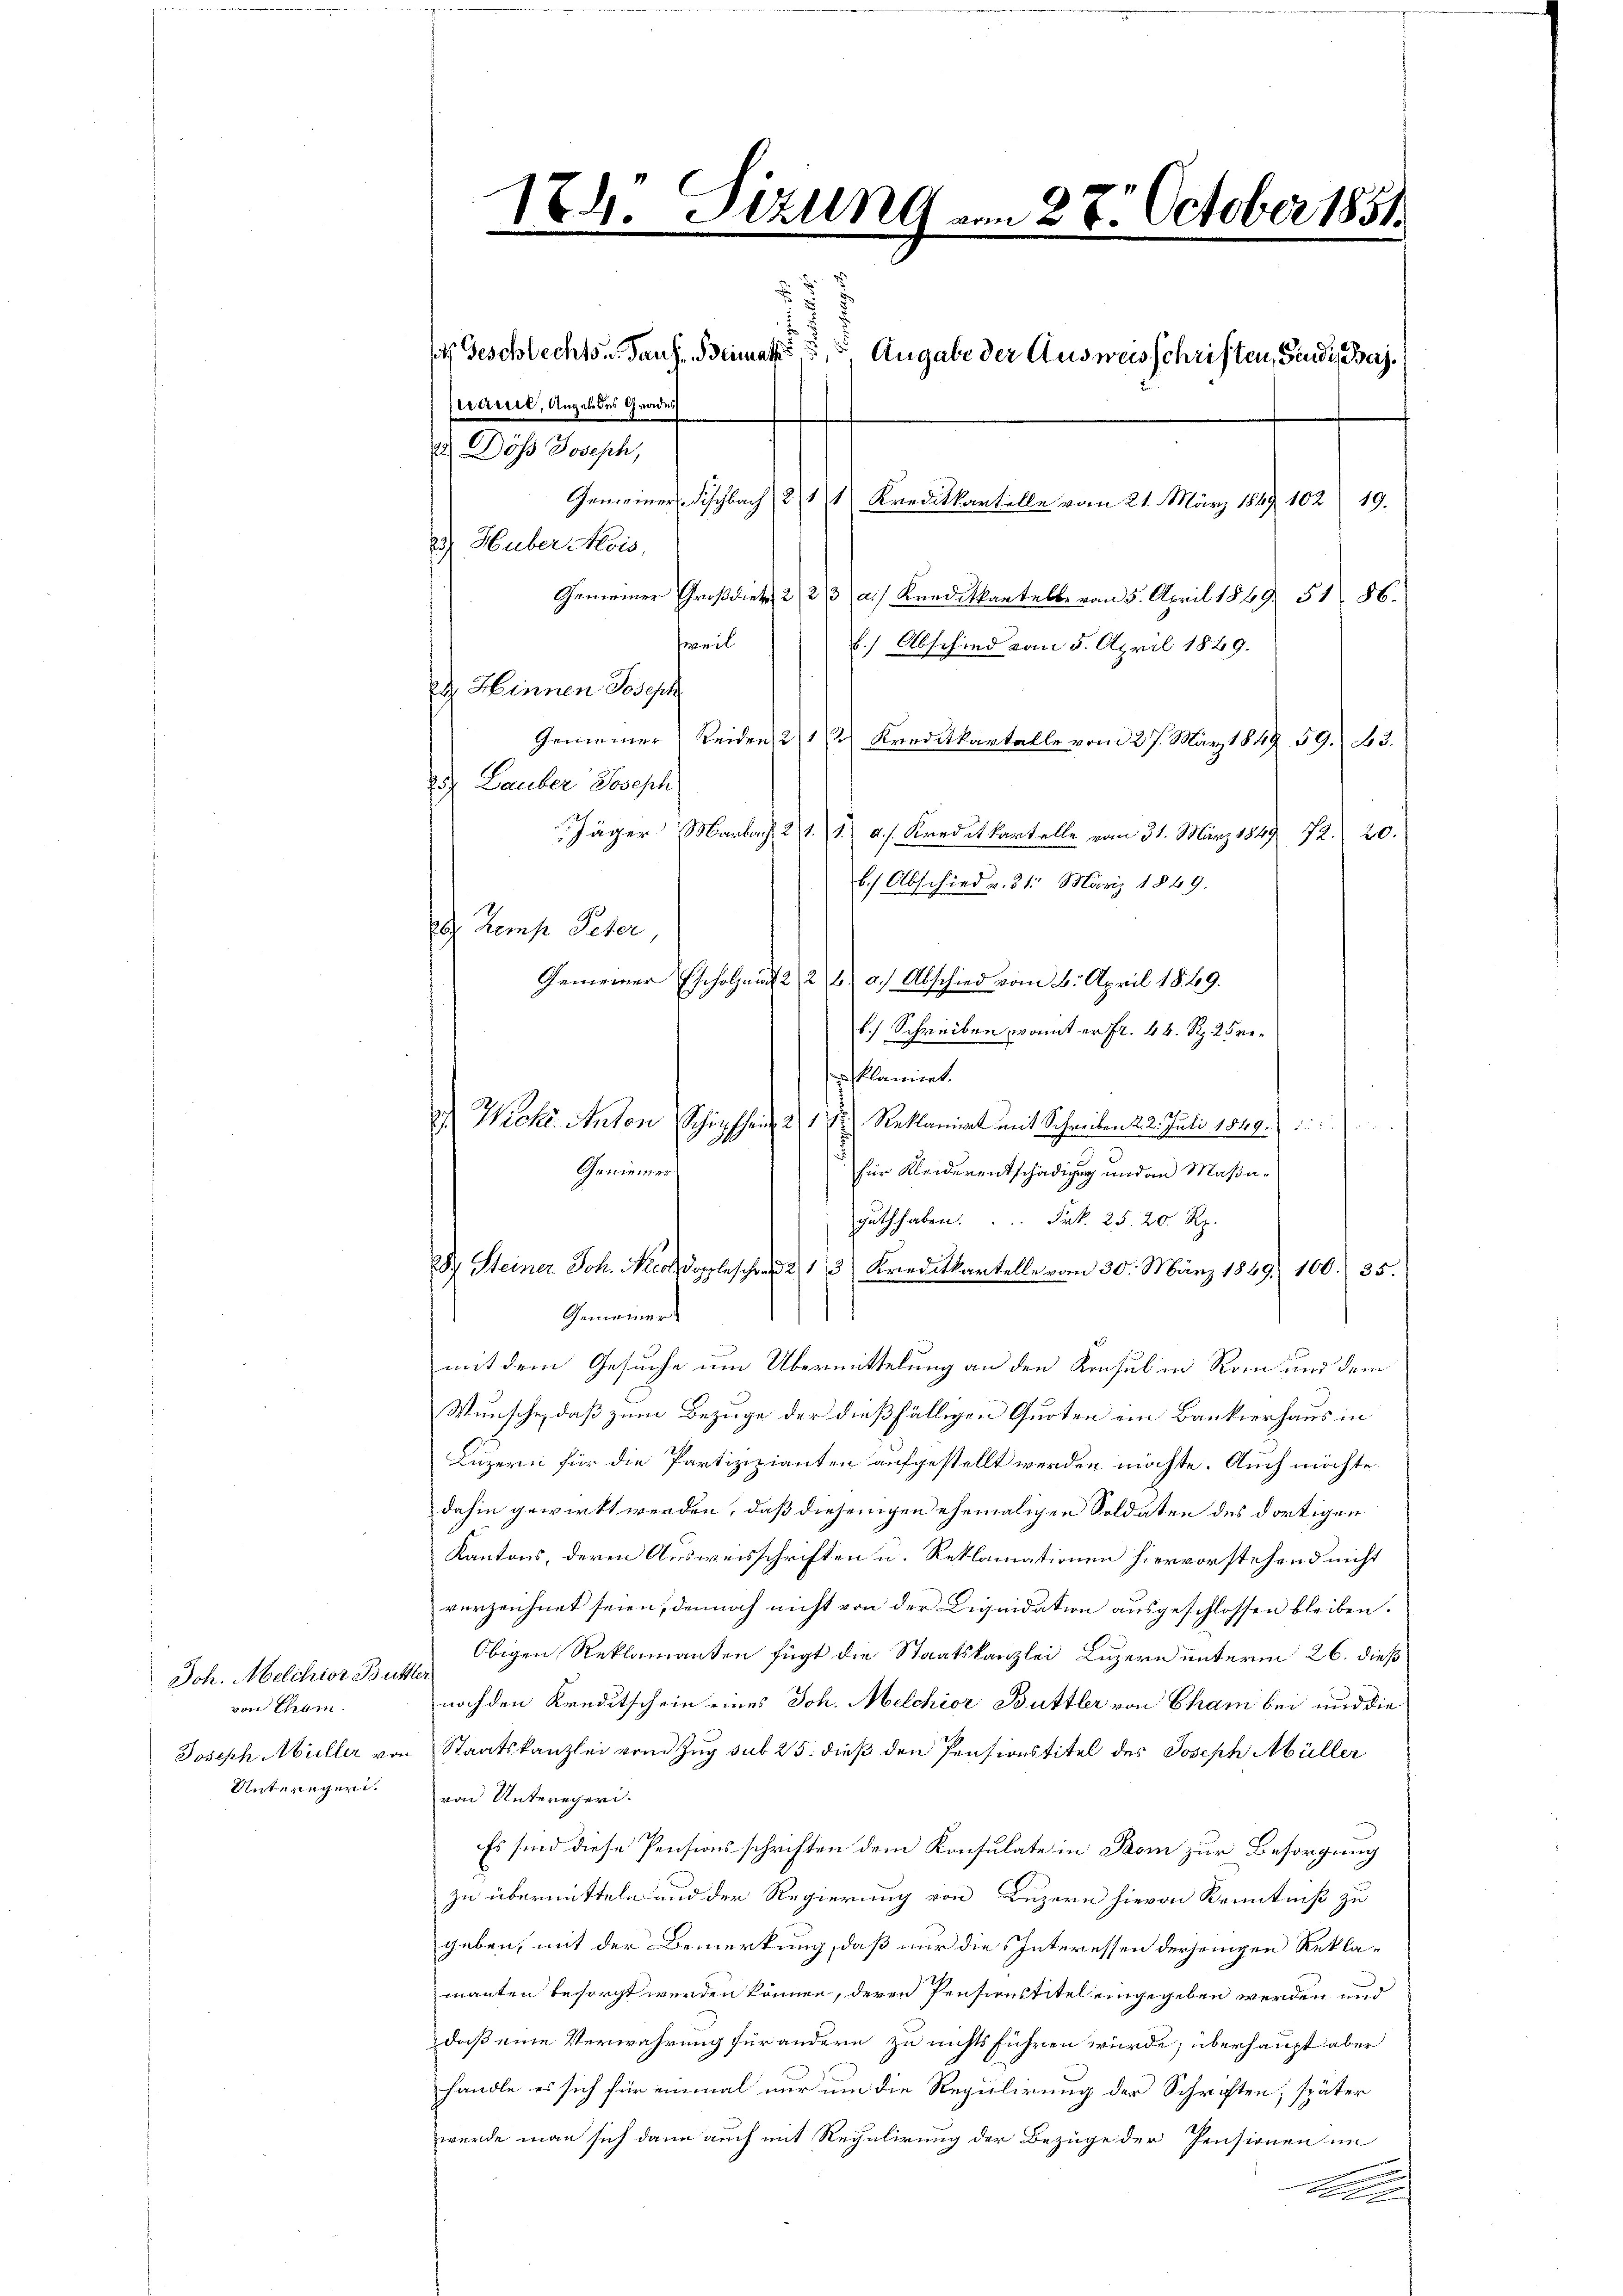
Joh. Melchior Butt
von Cham.
Joseph Müller von
Unteregeri.

184. Sitzung vom 28. October 1851

ercriret, Angel des Grades
2 Döss Joseph,
) Huber Meis,
Gemeiner Großdiek, 223 a.) Kreditkantelle vom 5. April 1849. 51. 86.
weil
b.) Abschied vom 5. April 1889.
d Hinnen Joseph
Gemeiner Reiden 2 1/2 Kreditkartalle vom 27. März 1849. 59. No 3.
2. Lauber Joseph
Jäger Marbach 2 11 a.) Kreditkartelle vom 31. März 1849 72.
20.
b.) Abschied v. 31. März 1849.
dh. Kemp Peter
Gemeiner Escholzan 2 2 u. a.) Abschied vom 8. April 1869.
b.) Schreiben, womit er fr. 44. Rp. 25 reklamiet.
 Wiche Anton Schipfheit 21 t Reklamirt mit Schreiben 23. Juli 1849.
d
n
Geniemer
für Kleiderentschädigung und an Maßaguth haben. Frk. 25. 20. Rp.
d Steiner Joh. Nicoldoppleschen 213 Kreditkartelle vom 30. März 1869. 100. 35.
Gemeiner
mit dem Gesuche um Übermittelung an den Konsul in Rom und dem
Wunsche, daß zum Bezuge der dießfälligen Quoten ein Bankierhaus in
Luzern für die Partizizianten aufgestellt werden möchte. Auch möchte
dahin gewirkt werden, daß diejenigen ehemaligen Soldaten des dortigen
Kantons, deren Ausweisschriften u. Reklamationen hiervorstehend nicht
verzeichnet seien, dennoch nicht von der Liquidation ausgeschlossen bleiben.
 Obigen Reklamanten fügt die Staatskanzlei Luzern unterm 26. dieß
noch den Kreditschein eines Joh. Melchior Buttler von Cham bei und die
Staatskanzlei vom Zug sub 25. dieß den Pensionstitel des Joseph Müller
von Unteregeri.
Es sind diese Pensionsschriften dem Konsulate in Dom zur Besorgung
zu übermitteln und der Regierung von Luzern hievon Kenntniß zu
geben, mit der Bemerkung, daß nur die Interessen derjenigen Reklamanten besorgt werden können, deren Pensionstitel eingegeben werden und
daß eine Verwahrung für andern zu nichts führen würde; überhaupt aber
handle es sich für einmal nur um die Regulirung der Schriften, später
werde man sich dann auch mit Regulirung der Bezüge der Pensionen in
Al

d Geschlechts Paus. Beimat, u. Angabe der Ausweisschriften, Bunde Baj.
Gemeiner Fischbach 21 t Kreditkartelle vom 21. März 1849 102. 19.